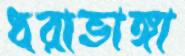
ধরাভাঙ্গা